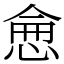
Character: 𢜒